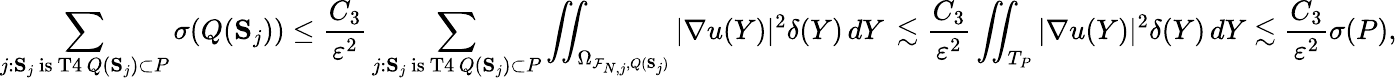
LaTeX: \sum_{\substack{j\colon{\mathbf S}_{j}\mathrm{~is~T4}\, Q({\mathbf S}_{j})\subset P}}\sigma(Q({\mathbf S}_{j}))\le\frac{C_{3}}{\varepsilon^{2}}\sum_{\substack{j\colon{\mathbf S}_{j}\mathrm{~is~T4}\, Q({\mathbf S}_{j})\subset P}}\iint_{\Omega_{\mathcal{F}_{N,j},Q({\mathbf S}_{j})}}|\nabla u(Y)|^{2}\delta(Y)\, dY\, \lesssim\frac{C_{3}}{\varepsilon^{2}}\iint_{T_{P}}|\nabla u(Y)|^{2}\delta(Y)\, dY\lesssim\frac{C_{3}}{\varepsilon^{2}}\sigma(P),